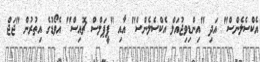
އެކްސެލެންސް" އަދި "އިންޑިވިޖުއަލް އެކްސެލެންސް" އާއި "ޕީޕަލްސް ޗޮއިސް" އެވޯޑުގެ އިތުރުން "ޖަޖް